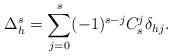
LaTeX: \begin{align*}\Delta_h^s = \sum\limits_{j=0}^{s} (-1)^{s-j}C_s^j \delta_{hj}.\end{align*}